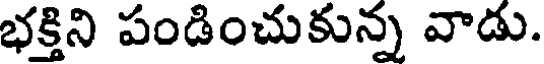
భక్తిని పండించుకున్న వాడు.